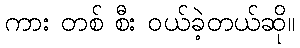
ကား တစ် စီး ဝယ်ခဲ့တယ်ဆို။